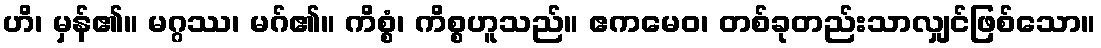
ဟိ၊ မှန်၏။ မဂ္ဂဿ၊ မဂ်၏။ ကိစ္စံ၊ ကိစ္စဟူသည်။ ဧကမေဝ၊ တစ်ခုတည်းသာလျှင်ဖြစ်သော။